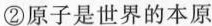
②原子是世界的本原